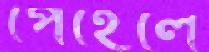
পেহেলে